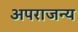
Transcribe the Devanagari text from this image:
अपराजन्य